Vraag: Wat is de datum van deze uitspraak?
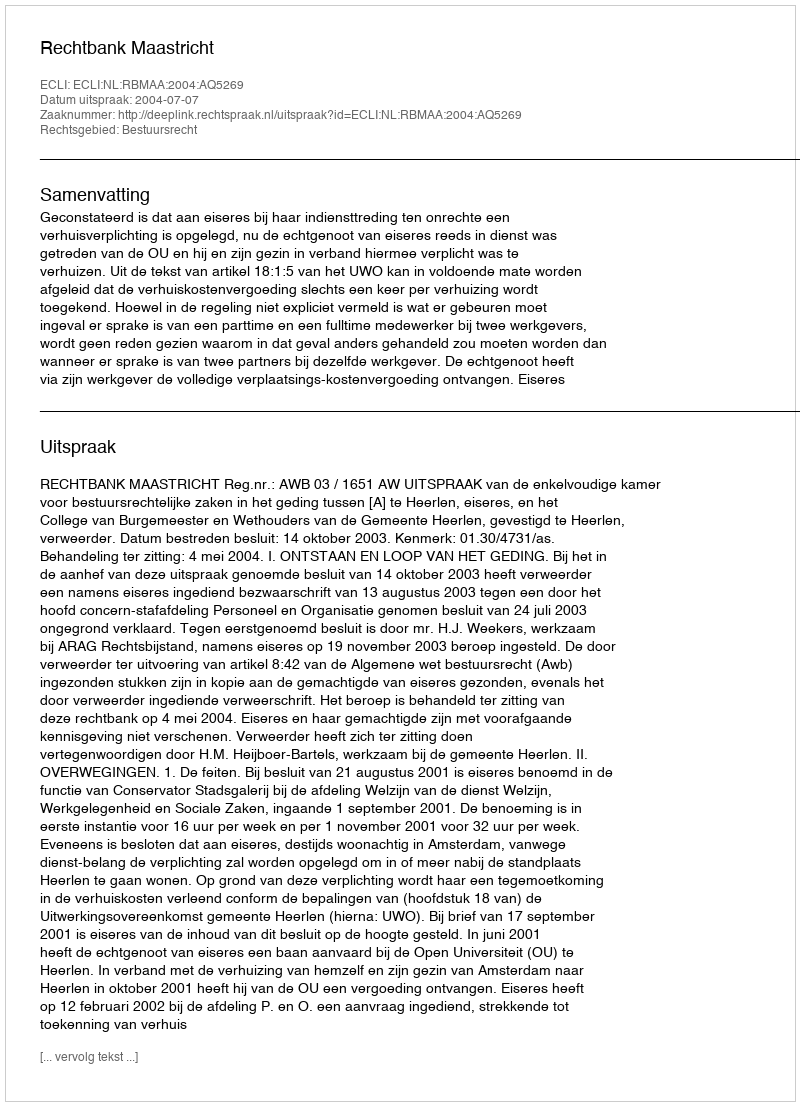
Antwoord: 2004-07-07